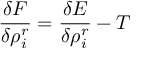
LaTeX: \frac { \delta F } { \delta \rho _ { i } ^ { r } } = \frac { \delta E } { \delta \rho _ { i } ^ { r } } - T